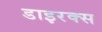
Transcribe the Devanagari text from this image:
डाइरक्स